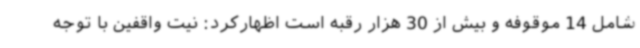
شامل 14 موقوفه و بیش از 30 هزار رقبه است اظهارکرد: نیت واقفین با توجه